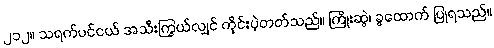
၂၁၂။ သရက်ပင်ငယ် အသီးကြွယ်လျှင် ကိုင်းပဲ့တတ်သည်။ ကြိုးဆွဲ၊ ခွထောက် ပြုရသည်။